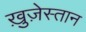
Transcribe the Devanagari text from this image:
ख़ुज़ेस्तान